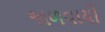
જાળવાયો